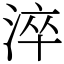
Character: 淬